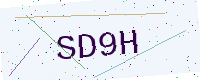
Text: SD9H